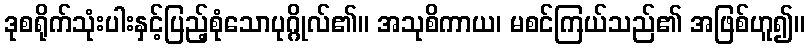
ဒုစရိုက်သုံးပါးနှင့်ပြည့်စုံသောပုဂ္ဂိုလ်၏။ အသုစိကာယ၊ မစင်ကြယ်သည်၏ အဖြစ်ဟူ၍။